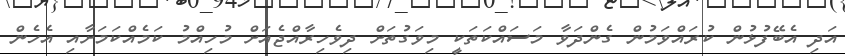
އަދި އެބޭފުޅުން ކުރައްވަމުން ގެންދަވާ މަސައްކަތަކީ މިވަގުތަށް ދިވެހިރާއްޖެއަށް މުހިއްމު ކަމެއްކަމަށާއި އެހެން